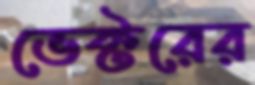
ভেক্টরের